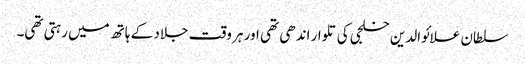
سلطان علائوالدین خلجی کی تلوار اندھی تھی اور ہر وقت جلاد کے ہاتھ میں رہتی تھی۔